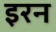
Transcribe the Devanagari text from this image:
इरन